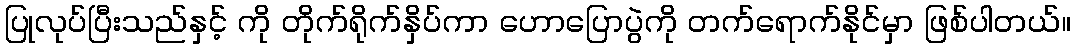
ပြုလုပ်ပြီးသည်နှင့် ကို တိုက်ရိုက်နှိပ်ကာ ဟောပြောပွဲကို တက်ရောက်နိုင်မှာ ဖြစ်ပါတယ်။